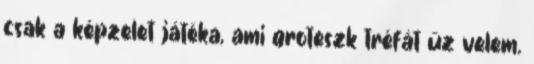
csak a képzelet játéka, ami groteszk tréfát űz velem.